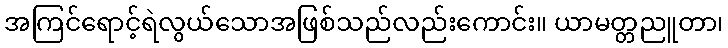
အကြင်ရောင့်ရဲလွယ်သောအဖြစ်သည်လည်းကောင်း။ ယာမတ္တညူတာ၊